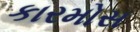
કારમોસ